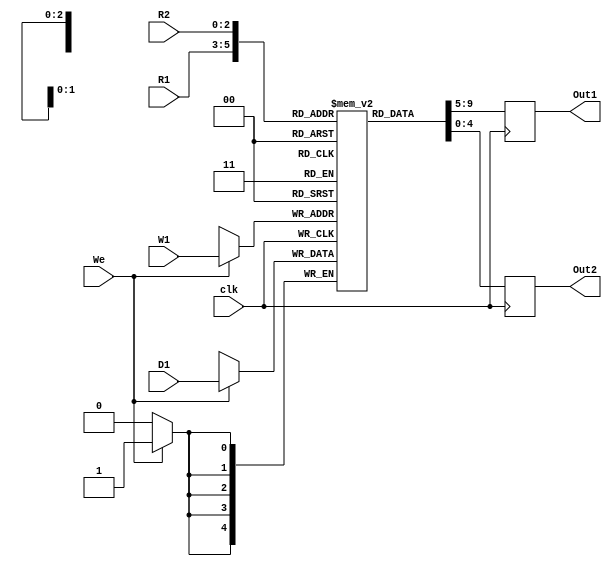
`timescale 1ns / 1ps
//////////////////////////////////////////////////////////////////////////////////
// Company: 
// Engineer: 
// 
// Design Name: 
// Module Name: RegisterFile
// Project Name: 
// Target Devices: 
// Tool Versions: 
// Description: 
// 
// Dependencies: 
// 
// Revision:
// Revision 0.01 - File Created
// Additional Comments:
// 
//////////////////////////////////////////////////////////////////////////////////

module RegisterFile #(
     parameter SIZE = 5,
     parameter RegNum = 3
) (R1, R2, W1, D1, We, clk, Out1, Out2);
input [RegNum-1:0] R1, R2; // Register #'s to Read
input [RegNum-1:0] W1; // Register to write to
input We;
input [SIZE-1:0] D1; // Date to write to W1
input clk;

output reg [SIZE-1:0] Out1, Out2; // Output data from R1 and R2;

reg [SIZE-1:0] rf [7:0]; // An array of 8 registers each of 32 bits

// aloways@(posedge clock) // if using a clock

always@(posedge clk) begin // build my sensitivity list for me
    // Check if write is enabled
    if (We)
        rf[W1] <= D1;

    // output data stored at R1 into Out1
    Out1 <= rf[R1];
    
    // output data stored at R2 into Out2
    Out2 <= rf[R2];
end

endmodule